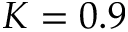
K = 0 . 9